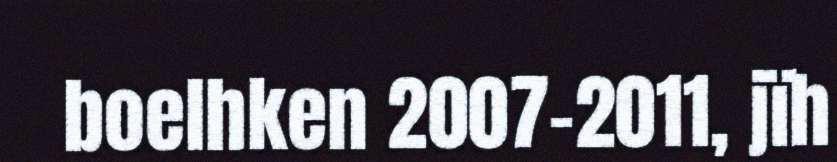
boelhken 2007-2011, jïh